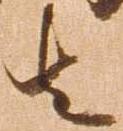
者